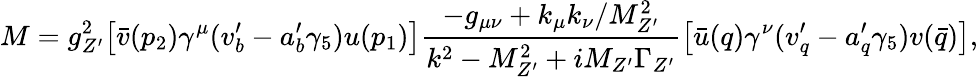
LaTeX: M=g_{Z^{\prime}}^{2}\bigl[\bar{v}(p_{2})\gamma^{\mu}(v_{b}^{\prime}-a_{b}^{\prime}\gamma_{5})u(p_{1})\bigr]\frac{-g_{\mu\nu}+k_{\mu}k_{\nu}/M_{Z^{\prime}}^{2}}{k^{2}-M_{Z^{\prime}}^{2}+iM_{Z^{\prime}}\Gamma_{Z^{\prime}}}\bigl[\bar{u}(q)\gamma^{\nu}(v_{q}^{\prime}-a_{q}^{\prime}\gamma_{5})v(\bar{q})\bigr],